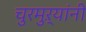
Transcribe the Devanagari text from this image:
चुरमुऱ्यांनी